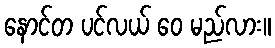
နောင်တ ပင်လယ် ဝေ မည်လား။